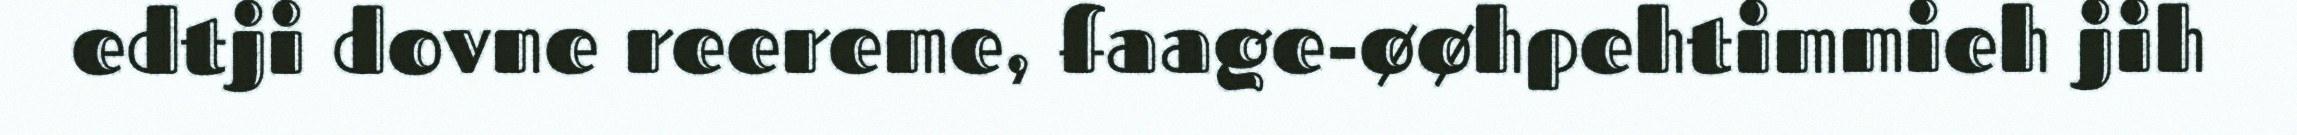
edtji dovne reereme, faage-øøhpehtimmieh jih